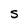
Character: S